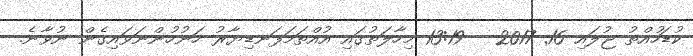
ކުޑަހުއްތު ޖުލައި 16